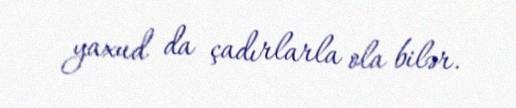
yaxud da çadırlarla ola bilər.